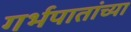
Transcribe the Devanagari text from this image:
गर्भपातांच्या